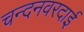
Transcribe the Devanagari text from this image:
चन्दनवरदाई